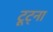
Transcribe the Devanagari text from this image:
टूट्ना